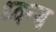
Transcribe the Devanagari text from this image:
ध्वन्स